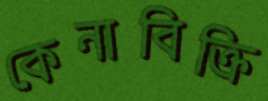
কেনাবিক্রি